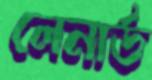
লেনার্ড